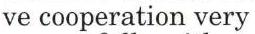
ve cooperation very